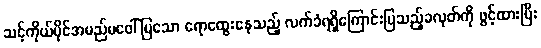
သင့်ကိုယ်ပိုင်အမည်မဖေါ်ပြသော ရောထွေးနေသည့် လက်ခံရရှိကြောင်းပြသည့်ခလုတ်ကို ဖွင့်ထားပြီး